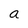
Character: a